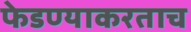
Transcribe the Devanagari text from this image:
फेडण्याकरताच